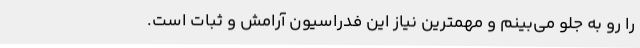
را رو به جلو می‌بینم و مهمترین نیاز این فدراسیون آرامش و ثبات است.